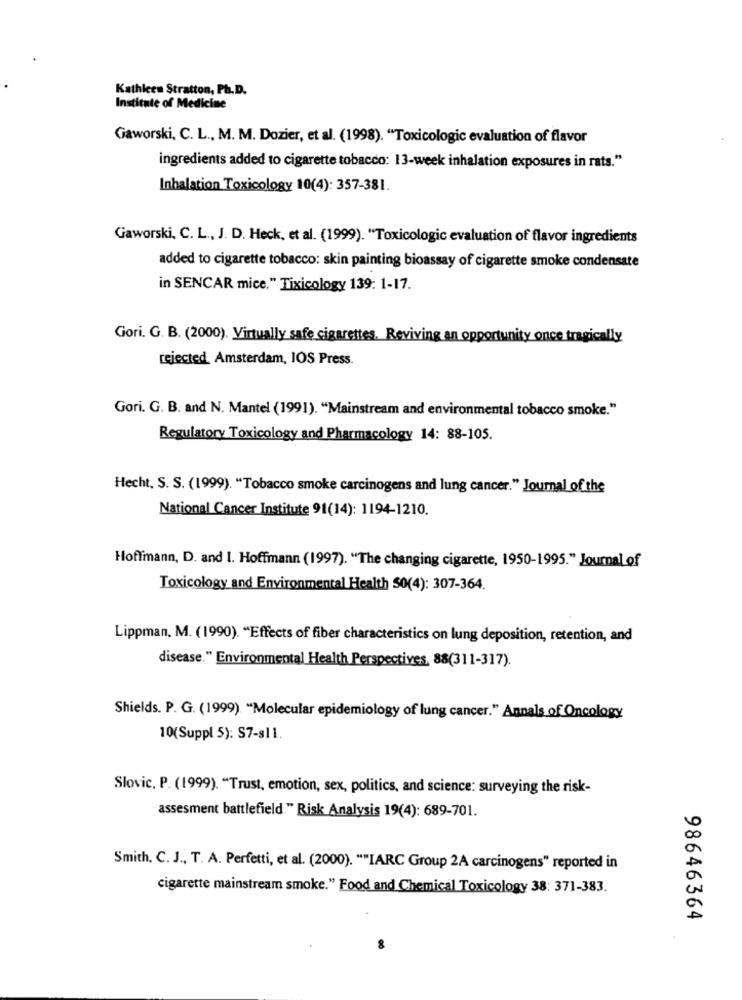
Kathleen Stratton, Ph.D.
Institute of Medicine
Gaworski, C. L ., M. M. Dozier, et al. (1998). "Toxicologic evaluation of flavor
ingredients added to cigarette tobacco: 13-week inhalation exposures in rats."
Inhalation Toxicology 10(4): 357-381.
Gaworski, C. L ., J. D. Heck, et al. (1999). "Toxicologic evaluation of flavor ingredients
added to cigarette tobacco: skin painting bioassay of cigarette smoke condensate
in SENCAR mice." Tixicology 139: 1-17.
Gori. G. B. (2000). Virtually safe cigarettes, Reviving an opportunity once tragically
rejected Amsterdam, IOS Press.
Gori. G. B. and N. Mantel (1991). "Mainstream and environmental tobacco smoke."
Regulatory Toxicology and Pharmacology 14: 88-105.
Hecht, S. S. (1999). "Tobacco smoke carcinogens and lung cancer." Journal of the
National Cancer Institute 91(14): 1194-1210.
Hoffmann, D. and 1. Hoffmann (1997). "The changing cigarette, 1950-1995." Journal of
Toxicology and Environmental Health S0(4): 307-364.
Lippman, M. (1990). "Effects of fiber characteristics on lung deposition, retention, and
disease." Environmental Health Perspectives, 88(311-317).
Shields. P. G. (1999) "Molecular epidemiology of lung cancer." Annals of Oncology
10(Suppl 5): S7-s11.
Slovic. P. (1999). "Trust, emotion, sex, politics, and science: surveying the risk-
assesment battlefield." Risk Analysis 19(4): 689-701.
Smith. C. J ., T. A. Perfetti, et al. (2000). ""IARC Group 2A carcinogens" reported in
cigarette mainstream smoke." Food and Chemical Toxicology 38: 371-383.
98646364